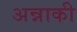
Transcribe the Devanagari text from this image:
अन्नाकी